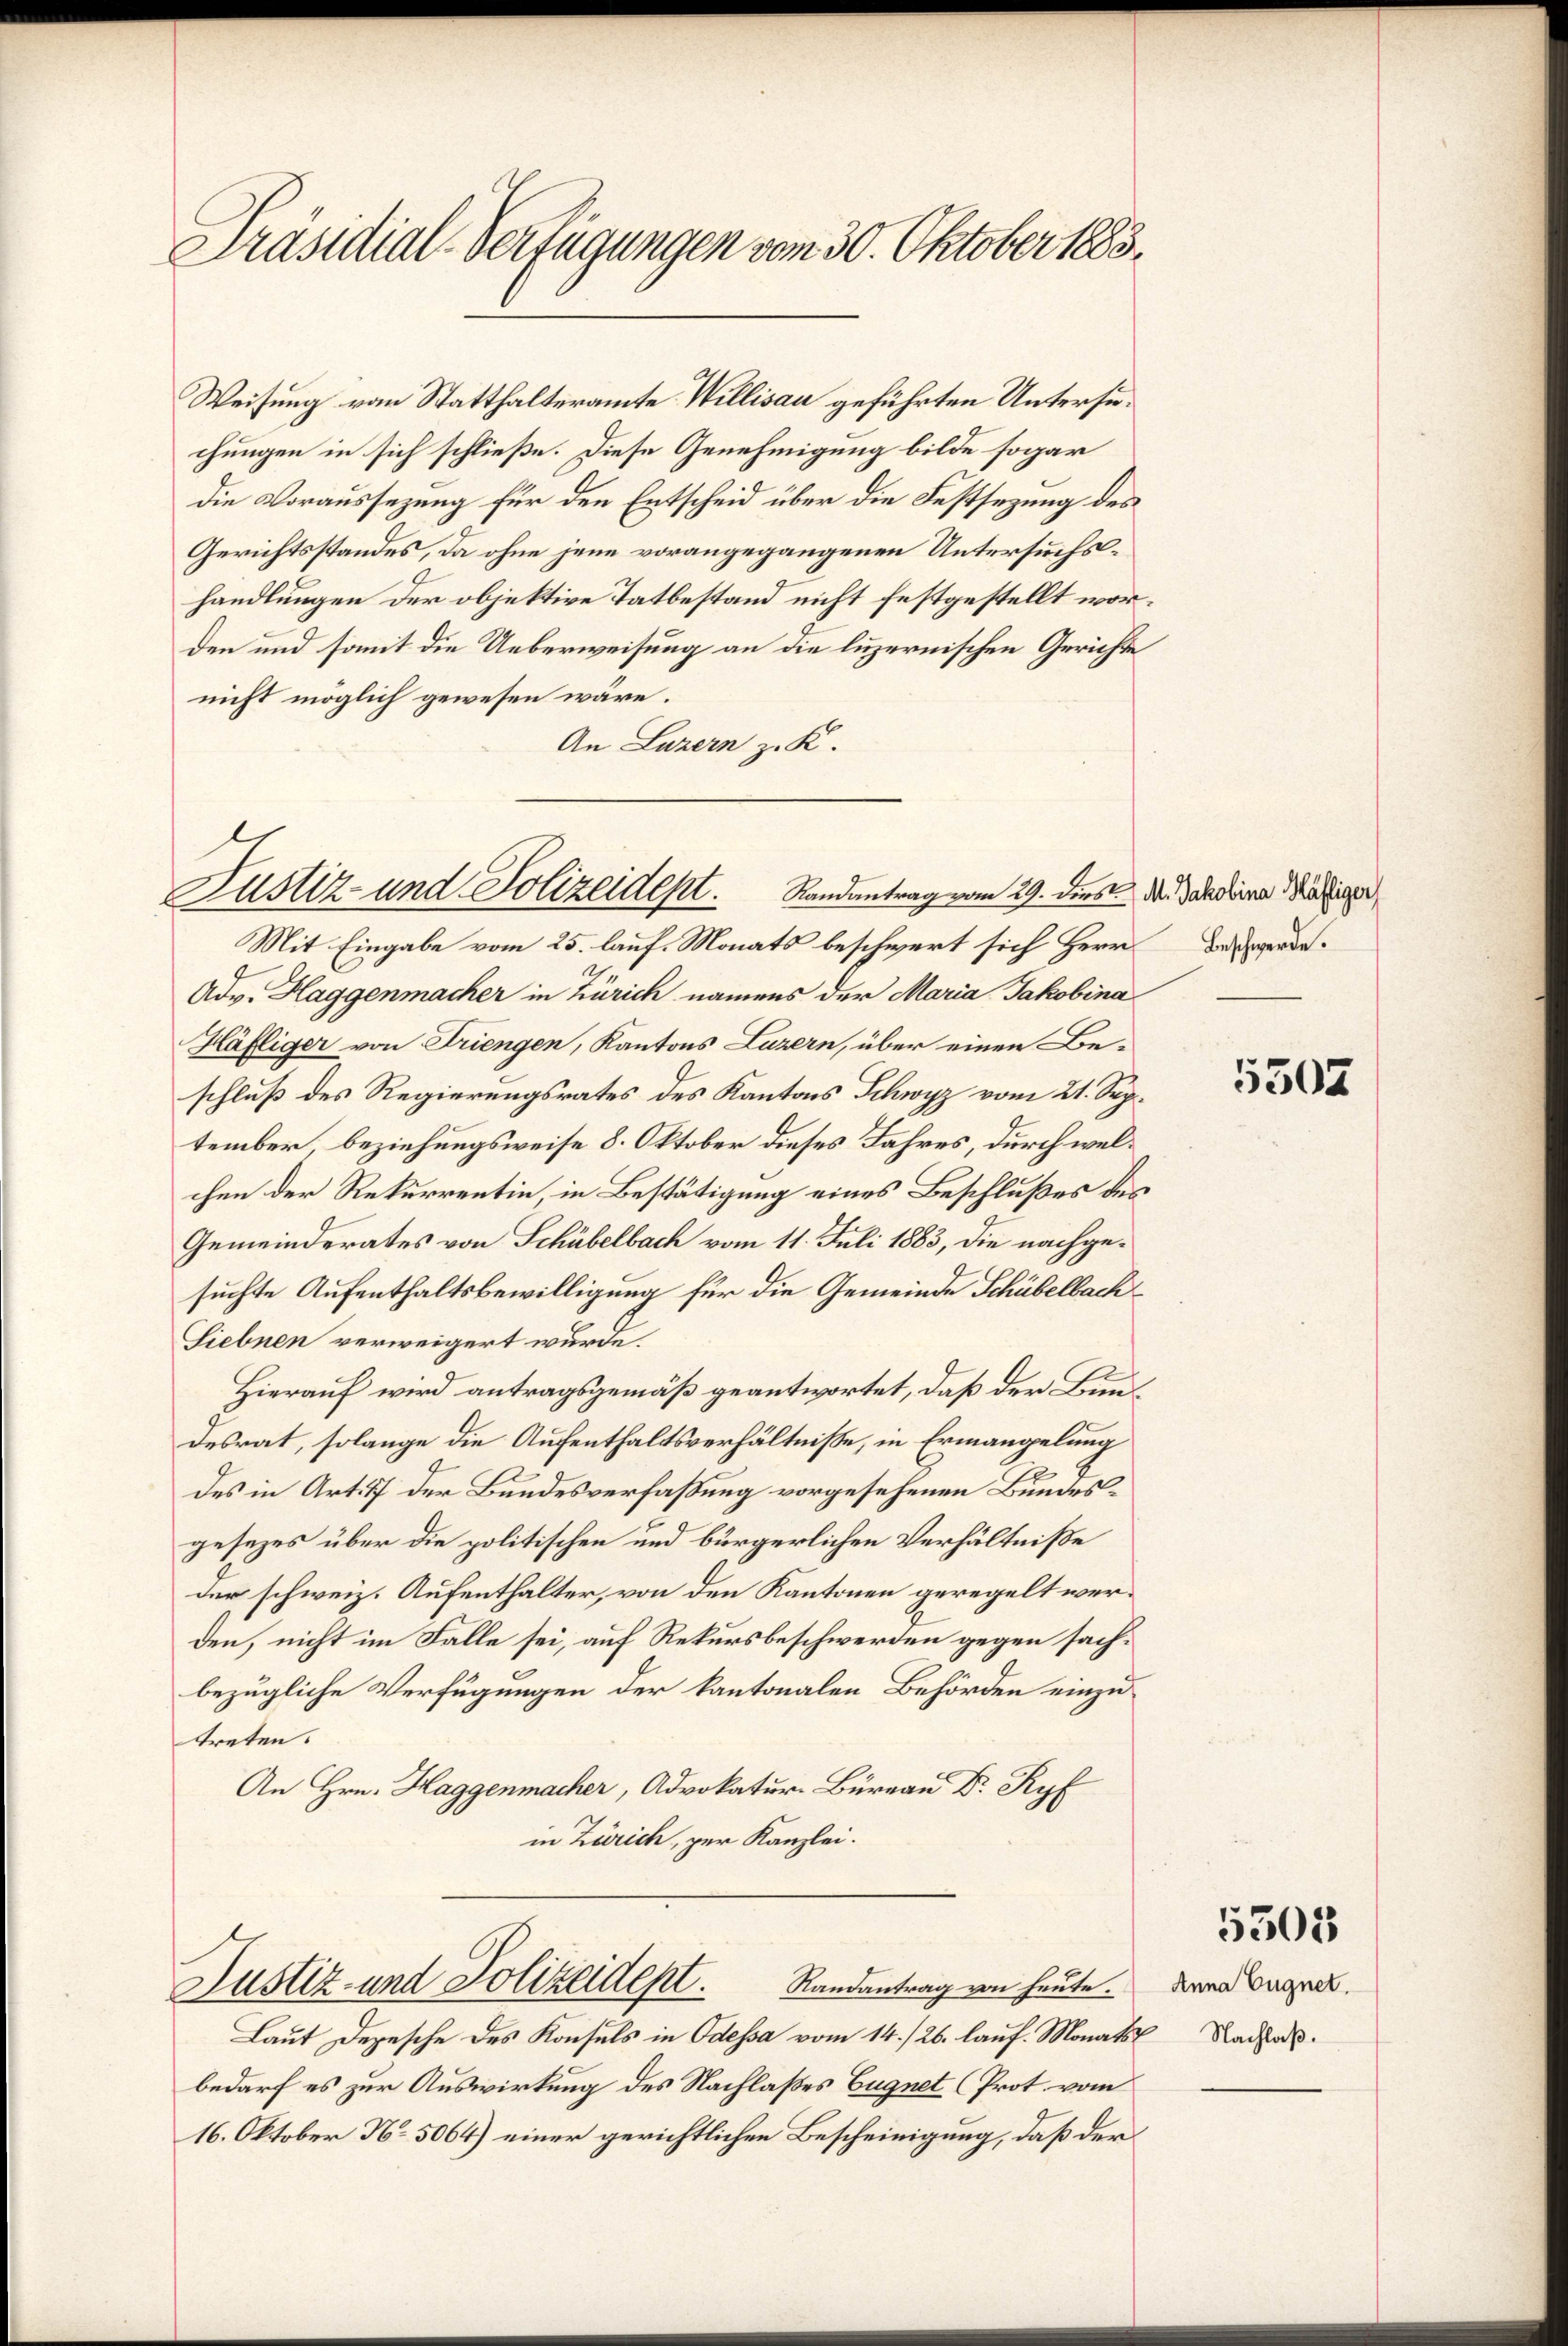
Präsidial-Verfügungen vom 30. Oktober 1883.

Weisung vom Statthalteramte Willisau geführten Untersuchungen in sich schließe. Diese Genehmigung bilde sogar
die Voraussezung für den Entscheid über die Festsezung des
Gerichtsstandes, da ohne jene vorangegangenen Untersuchshandlungen der objektive Tatbestand nicht festgestellt worden und somit die Ueberweisung an die luzernischen Gerichte
nicht möglich gewesen wäre.
An Luzern z. K.

Justiz- und Polizeident. Randantrag vom 29. dies der Sardina der

Mit Eingabe vom 25. lauf. Monats beschwert sich Herr
Adv. Haggenmacher in Zürich namens der Maria Jakobina
Häfliger von Triengen, Kantons Luzern, über einen Be-
schluß des Regierungsrates des Kantons Schwyz vom 21. Sep.
tember beziehungsweise 8. Oktober dieses Jahres, durch welchen der Rekurrentin, in Bestätigung eines Beschlußes des
Gemeinderates von Schübelbach vom 11. Juli 1883, die nachgesuchte Aufenthaltsbewilligung für die Gemeinde Schübelbach¬
Siebnen verweigert wurde.
Hierauf wird antragsgemäß geantwortet, daß der Bundesrat, solange die Aufenthaltsverhältniße, in Ermangelung
des in Art. 7 der Bundesverfaßung vorgesehenen Bundesgesezes über die politischen und bürgerlichen Verhältniße
der schweiz. Aufenthalter, von den Kantonen geregelt werden, nicht im Falle sei, auf Rekursbeschwerden gegen sachbezügliche Verfügungen der kantonalen Behörden einzutreten.

in Zürich, zur Kanzlei.

Justiz- und Polizeidept. Randantrag von heute.

Laut Depesche des Konsuls in Odessa vom 14./26. lauf. Monats Nacha
bedarf es zur Auswirkung des Nachlaßes Eugnet (Prot. vom
16. Oktober No. 5064) einer gerichtlichen Bescheinigung, daß der

Beschwerde.

5502

5503

Anna Eugnet.